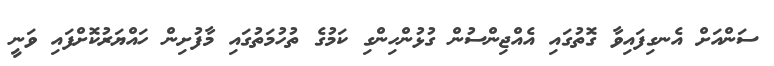
ސަންއަށް އެނގިފައިވާ ގޮތުގައި އެއްޖިންސުން ގުޅުންހިންގި ކަމުގެ ތުހުމަތުގައި މާފުށިން ހައްޔަރުކޮށްފައި ވަނީ